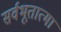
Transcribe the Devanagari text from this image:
सर्वभूतात्मा